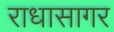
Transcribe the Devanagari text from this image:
राधासागर